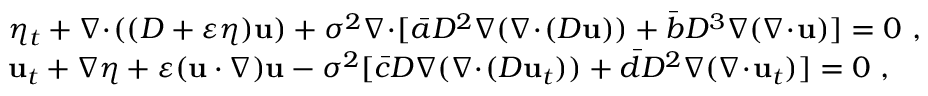
\begin{array} { r l } & { \eta _ { t } + \nabla \! \cdot \! ( ( D + \varepsilon \eta ) \mathbf { u } ) + \sigma ^ { 2 } \nabla \! \cdot \! [ \bar { a } D ^ { 2 } \nabla ( \nabla \! \cdot \! ( D \mathbf { u } ) ) + \bar { b } D ^ { 3 } \nabla ( \nabla \! \cdot \! \mathbf { u } ) ] = 0 \ , } \\ & { \mathbf { u } _ { t } + \nabla \eta + \varepsilon ( \mathbf { u } \cdot \nabla ) \mathbf { u } - \sigma ^ { 2 } [ \bar { c } D \nabla ( \nabla \! \cdot \! ( D \mathbf { u } _ { t } ) ) + \bar { d } D ^ { 2 } \nabla ( \nabla \! \cdot \! \mathbf { u } _ { t } ) ] = 0 \ , } \end{array}